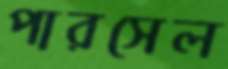
পারসেল